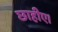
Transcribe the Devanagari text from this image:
छाहीए।